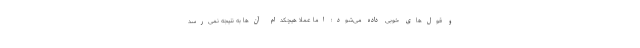
و قول‌های خوبی داده می‌شود؛ اما عملا هیچکدام آن‌ها به نتیجه نمی‌رسد